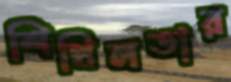
শিথিলতার